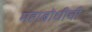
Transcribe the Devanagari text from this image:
महाबोधीची